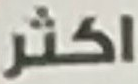
اكثر